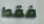
فقط